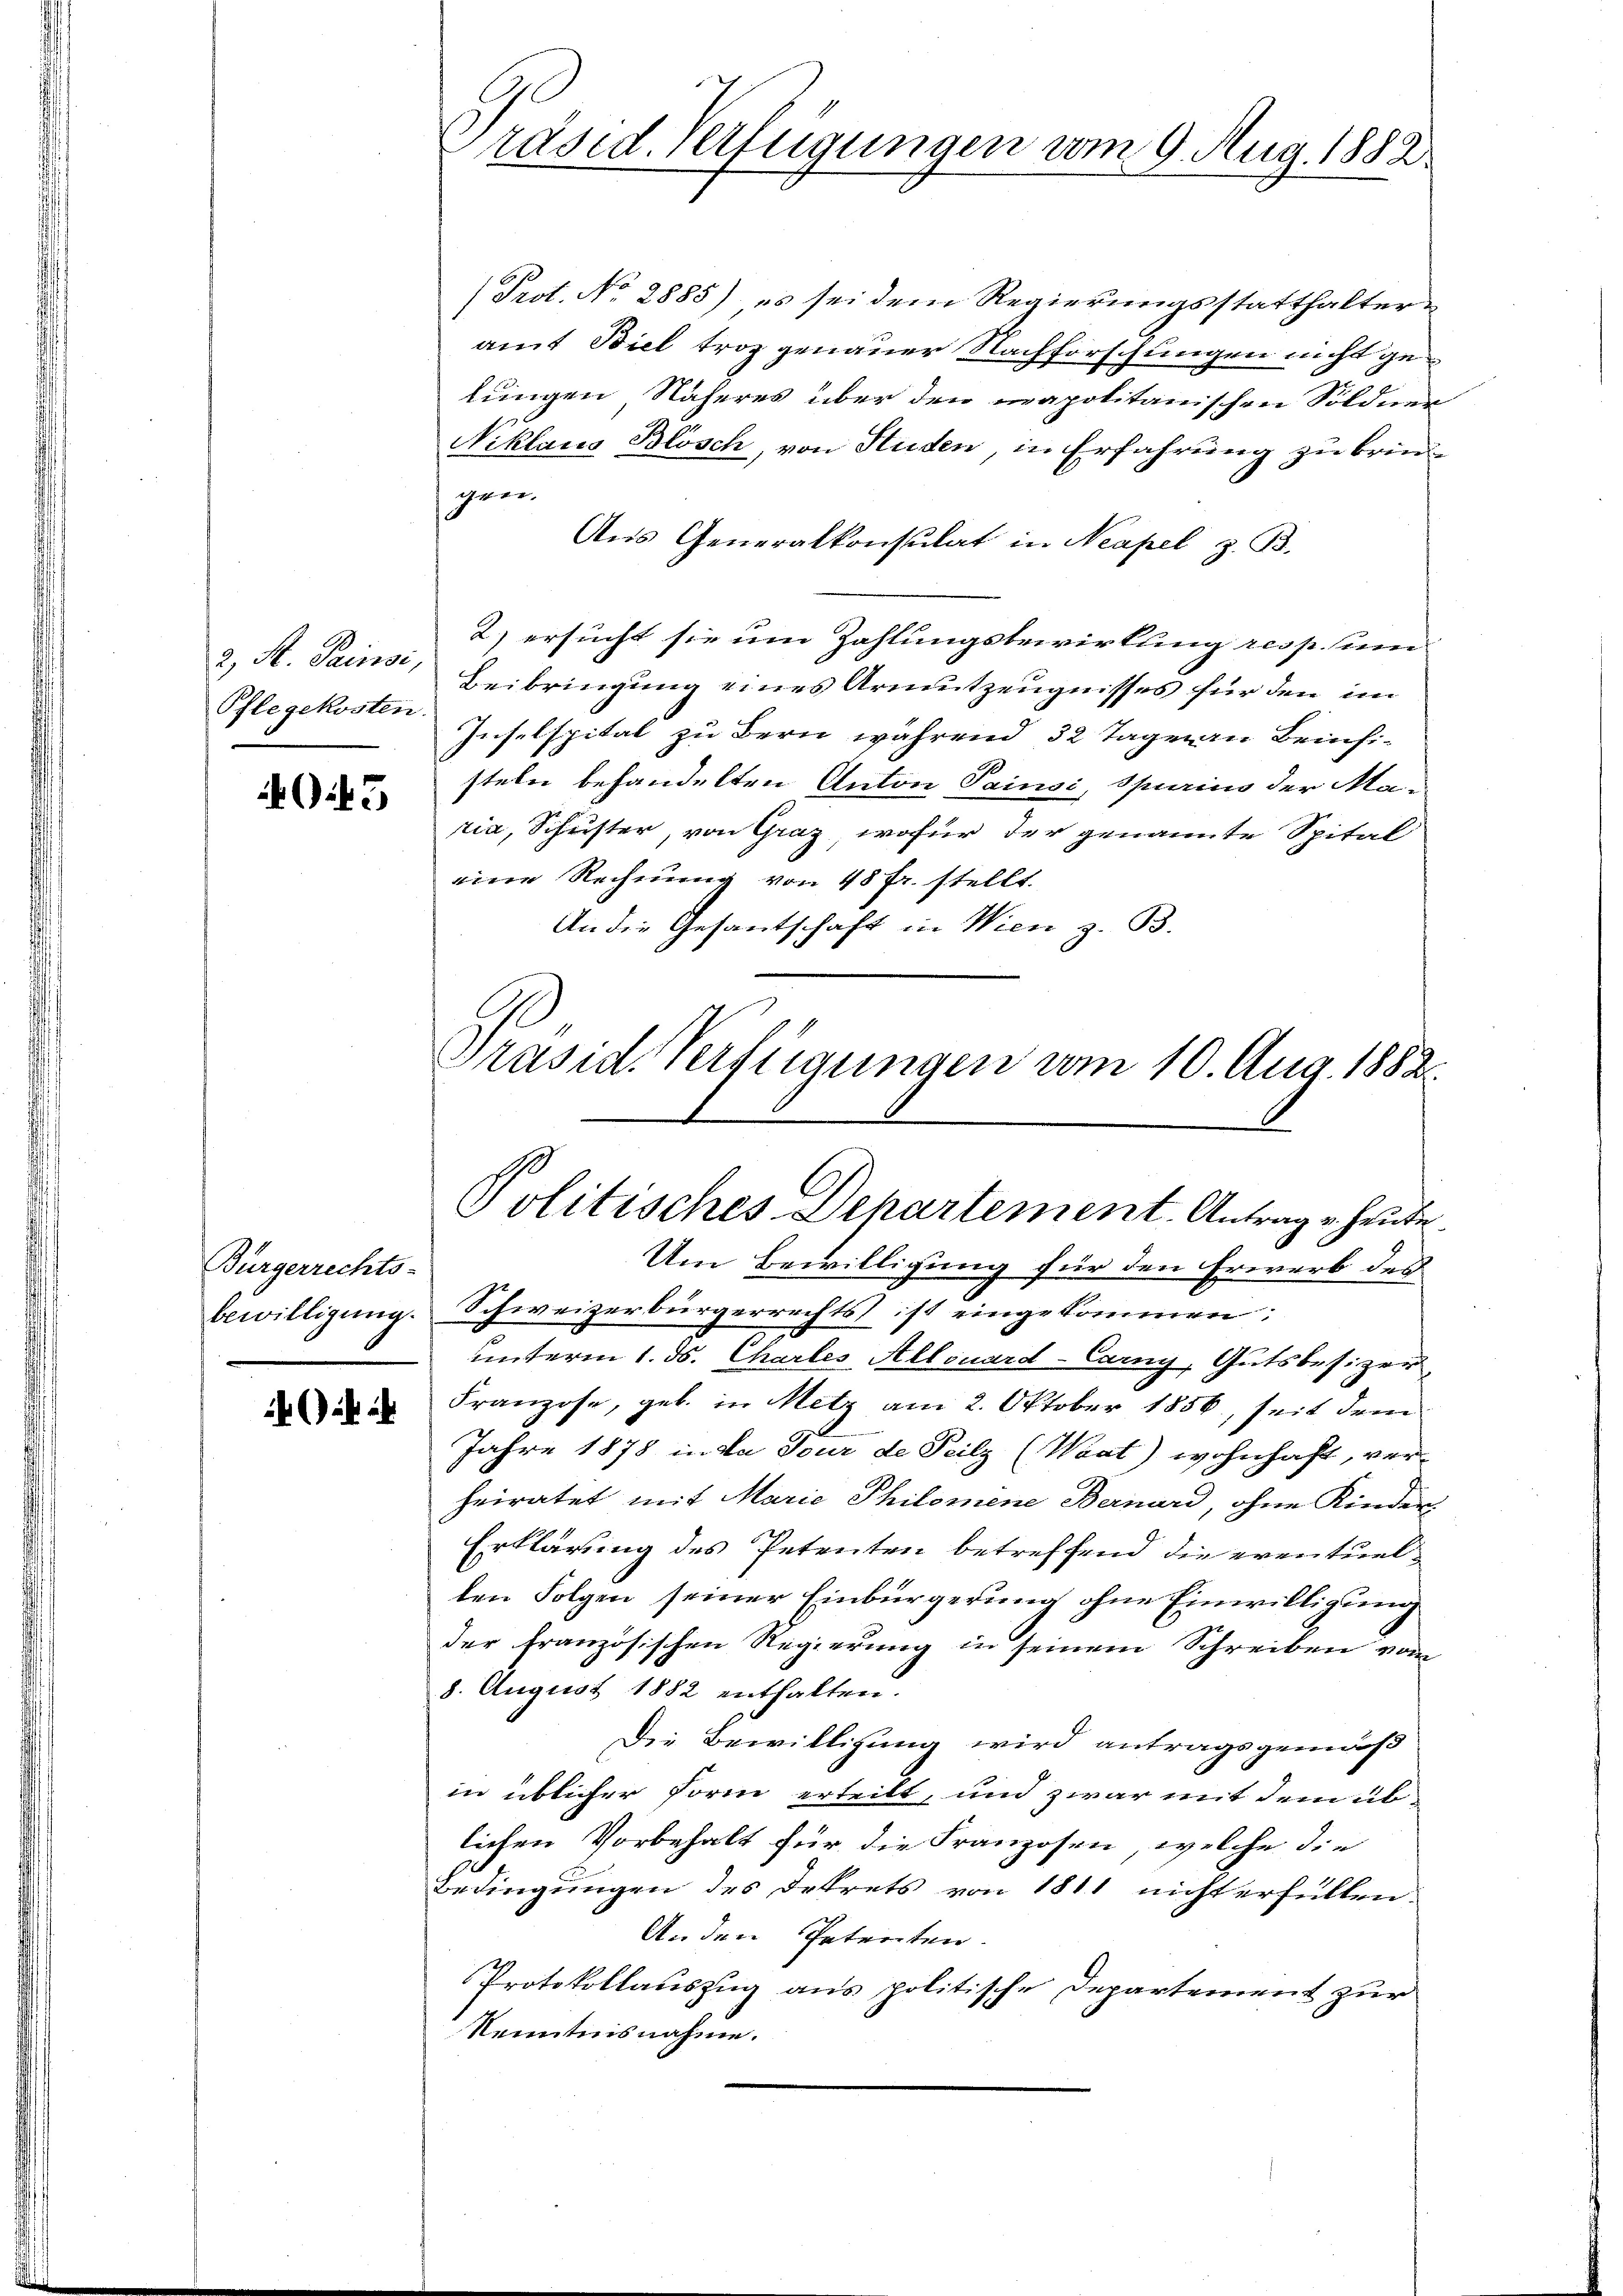
2, St. Painsi,
Pflegekosten

3

Bürgerrechts-

(Prot. No 2885) es sei dem Regierungsstatthalteramt Biel troz genauer Nachforschungen nicht gelungen Näheres über den napolitanischen Söldner
Niklaus Blösch, von Studen, in Erfahrung zu bringen.
Aus Generalkonsulat in Neapel z. B.
2) ersucht sie um Zahlungsbewirkung resp. nen
Beibringung eines Armutzeugnisses für den im
Inselspital zu Bern während 32 Tagmann Beinfi-
steln behandelten Anton Sainsi, Spirius der Maria, Schuster, von Graz, wofür der genannte Spital
eine Rechnung von 48 fr. stellt.
An die Gesantschaft in Wien z. B.
Präsid. Verfügungen vom 10. Aug. 1882.

Um Bewilligung für den Erwerb des
bewilligung. Schweizerbürgerrechts ist eingekommen:
unterm 1. ds. Chartes Allouard-Carny, Gutsbesizer,
Franzose, geb. in Metz am 2. Oktober 1856, seit dem
Jahre 1878 in da Jour de Teilz (Waat) wohnhaft, verheiratet mit Marie Philomene Bernard, ohne Kinder
Erklärung des Petenten betreffend die eventuellen Folgen seiner Einbürgerung ohne Einwilligung
der französischen Regierung in seinem Schreiben vom
8. August 1882 enthalten.
Die Bewilligung wird antragsgemäß
in üblicher Form erteilt, und zwar mit dem üblichen Vorbehalt für die Franzosen, welche die
Bedingungen des Dekrets von 1811 nicht erfüllen.
Anden Petenten.
Protokollauszug aus politische Departement zur
Nenntnisnahme.

Präsid. Verfügungen vom 9. Aug. 1882

Politisches Dehartement. Antrage heute.